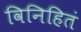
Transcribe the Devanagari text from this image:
विनिहितं